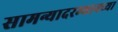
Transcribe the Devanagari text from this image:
सामन्यादरम्यानच्या